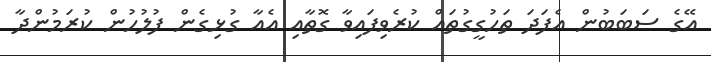
އޭގެ ސަބަބުން އެފަދަ ތަހުގީގުތައް ކުރެވިފައިވާ ގޮތާއި އެއާ ގުޅިގެން ފުލުހުން ކުރަމުންދާ